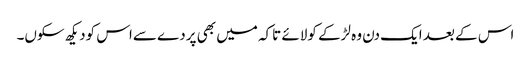
اس کے بعد ایک دن وہ لڑکے کولائے تاکہ میں بھی پردے سےاس کودیکھ سکوں۔